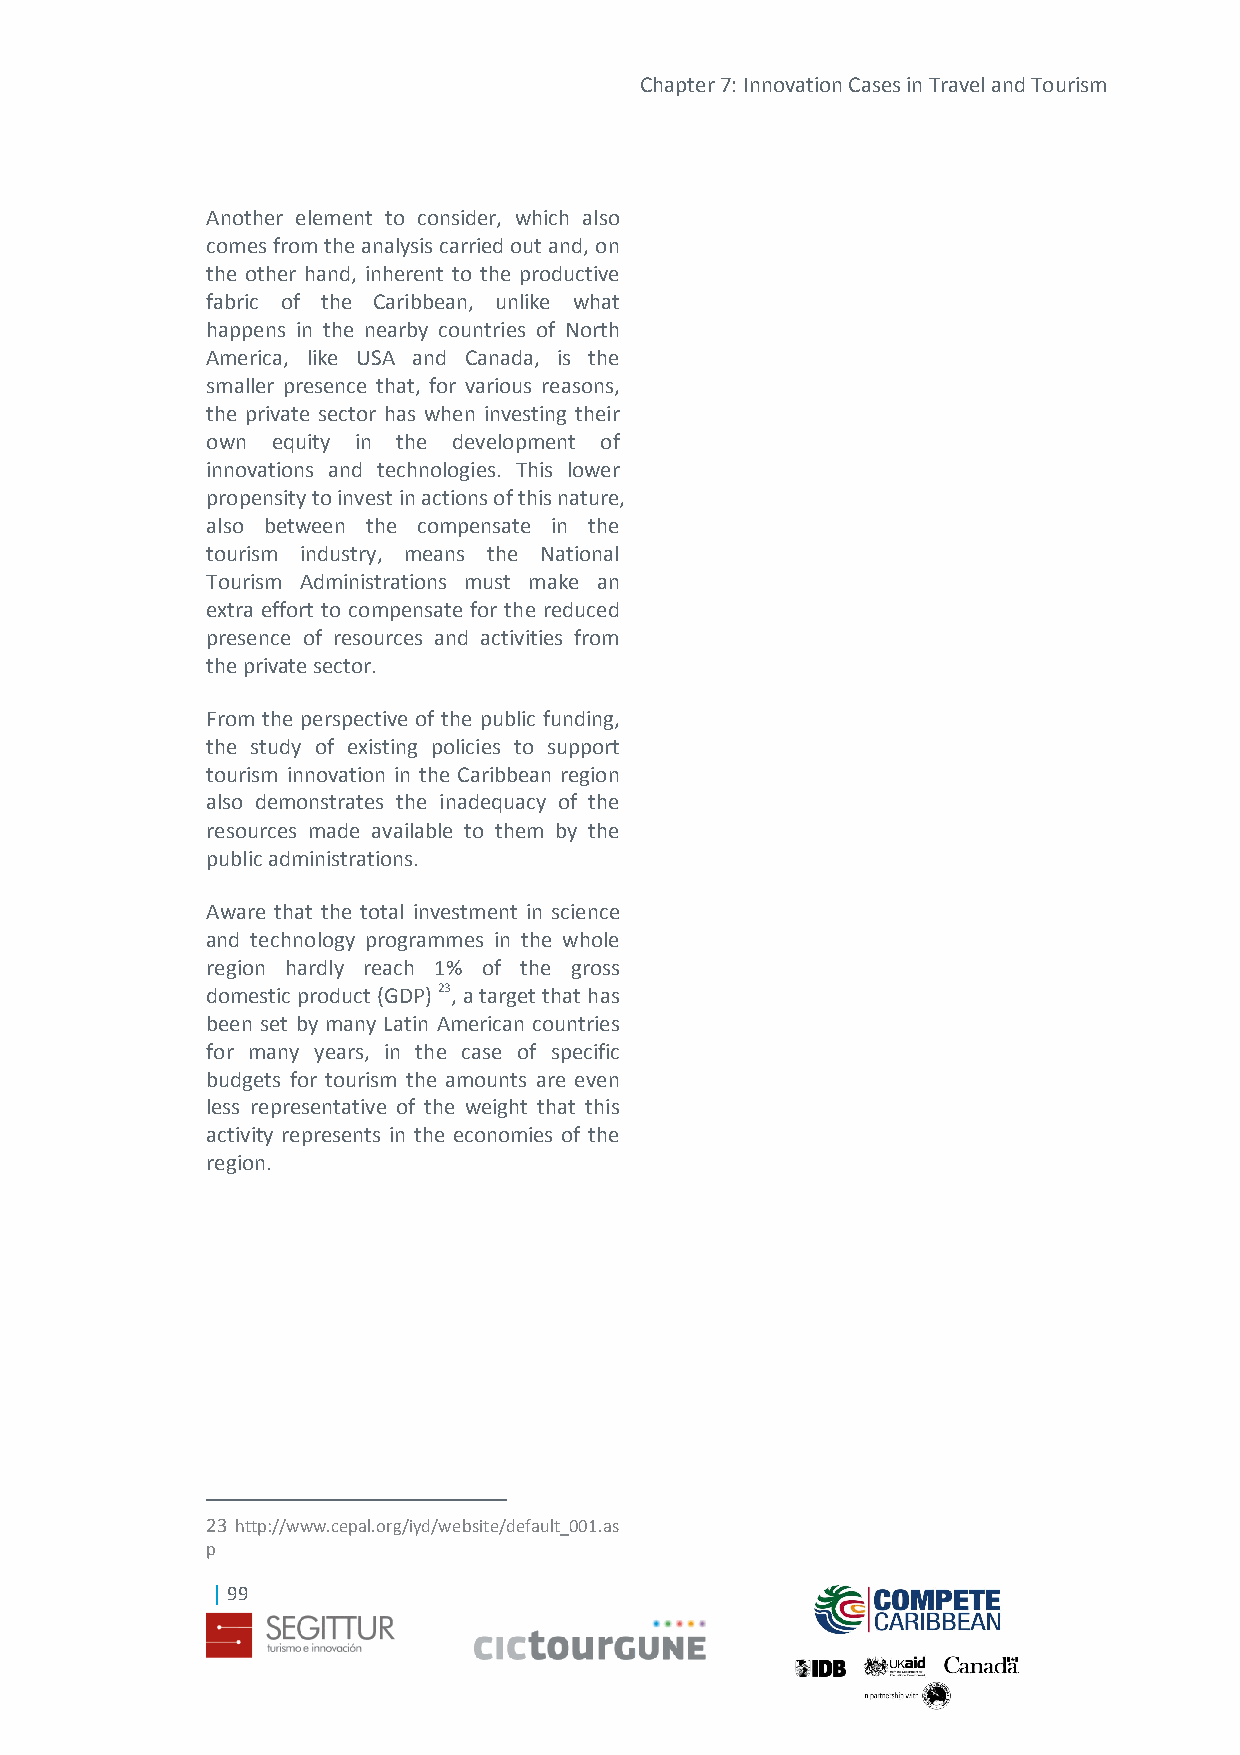
Chapter 7: Innovation Cases in Travel and Tourism
 Another element to consider, which also
 comes from the analysis carried out and, on
 the other hand, inherent to the productive
 fabric of the Caribbean, unlike what
 happens in the nearby countries of North
 America, like USA and Canada, is the
 smaller presence that, for various reasons,
 the private sector has when investing their
 own equity in the development of
 innovations and technologies. This lower
 propensity to invest in actions of this nature,
 also between the compensate in the
 tourism industry, means the National
 Tourism Administrations must make an
 extra effort to compensate for the reduced
 presence of resources and activities from
 the private sector.
 From the perspective of the public funding,
 the study of existing policies to support
 tourism innovation in the Caribbean region
 also demonstrates the inadequacy of the
 resources made available to them by the
 public administrations.
 Aware that the total investment in science
 and technology programmes in the whole
 region hardly reach 1% of the gross
 domestic product (GDP) 23, a target that has
 been set by many Latin American countries
 for many years, in the case of specific
 budgets for tourism the amounts are even
 less representative of the weight that this
 activity represents in the economies of the
 region.
 23 http://www.cepal.org/iyd/website/default_001.as
 p
 | 99